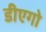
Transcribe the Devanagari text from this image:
डीएगो